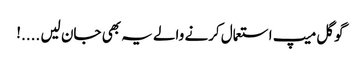
گوگل میپ استعمال کرنے والے یہ بھی جان لیں ....!